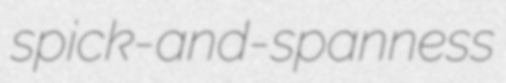
spick-and-spanness